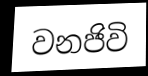
වනජිවි